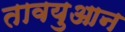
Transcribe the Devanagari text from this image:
तावयुआन